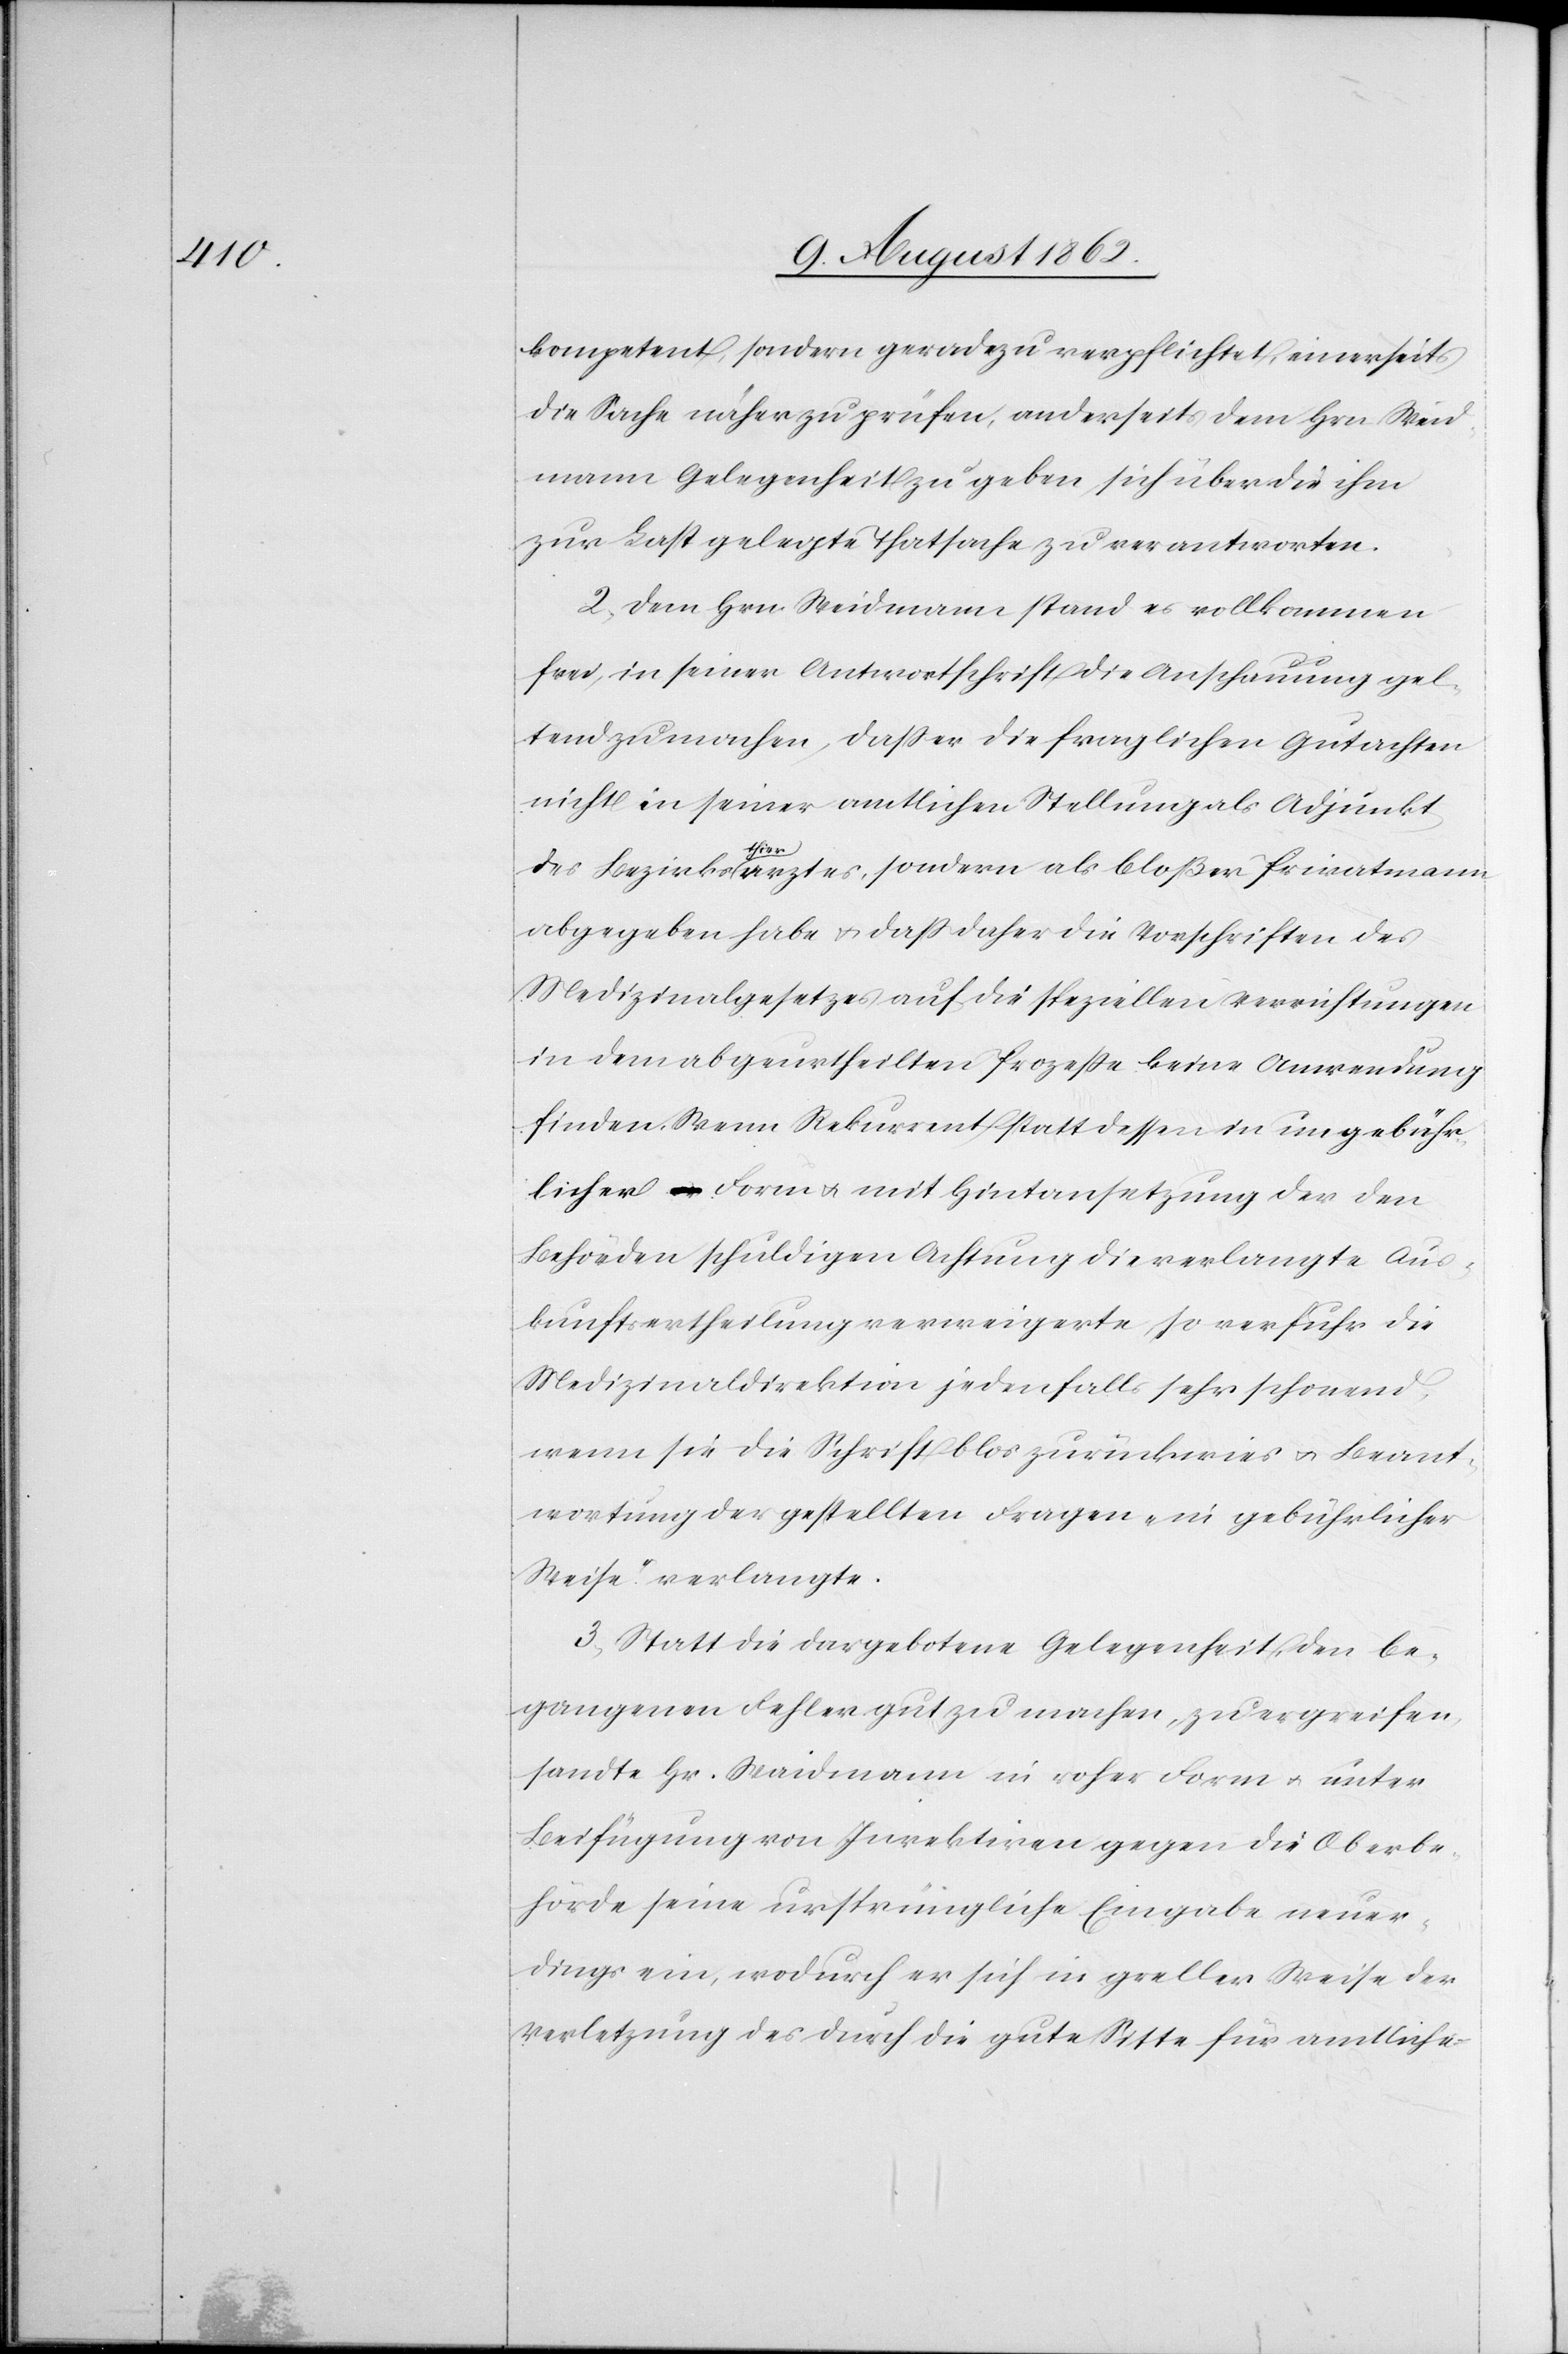
kompetent, sondern geradezu verpflichtet, einerseits
die Sache näher zu prüfen, anderseits dem Hrn. Weid¬
mann Gelegenheit zu geben sich über die ihm
zur Last gelegte Thatsache zu verantworten.
2. Dem Hrn. Weidmann stand es vollkommen
frei, in seiner Antwortschrift die Anschauung gel¬
tend zu machen, daß er die fraglichen Gutachten
nicht in seiner amtlichen Stellung als Adjunkt
des Bezirksthierarztes, sondern als bloßer Privatmann
abgegeben habe u. daß daher die Vorschriften des
Medizinalgesetzes auf die speziellen Verrichtungen
in dem abgeurtheilten Prozeße keine Anwendung
finden. Wenn Rekurrent statt dessen in ungebühr¬
licher Form u. mit Hintansetzung der den
Behörden schuldigen Achtung die verlangte Aus¬
kunftsertheilung verweigerte, so verfuhr die
Medizinaldirektion jedenfalls sehr schonend,
wenn sie die Schrift blos zurückwies u. Beant¬
wortung der gestellten Fragen „in gebührlicher
Weise“ verlangte.
3. Statt die dargebotene Gelegenheit, den be¬
gangenen Fehler gut zu machen, zu ergreifen,
sandte Hr. Waidmann in roher Form u. unter
Beifügung von Invektiven gegen die Oberbe¬
hörde seine ursprüngliche Eingabe neuer¬
dings ein, wodurch er sich in greller Weise der
Verletzung des durch die gute Sitte für amtliche